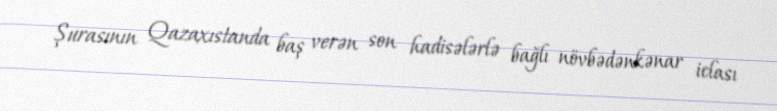
Şurasının Qazaxıstanda baş verən son hadisələrlə bağlı növbədənkənar iclası